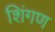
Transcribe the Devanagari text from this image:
शिंगण